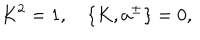
LaTeX: K ^ { 2 } = 1 , \quad \{ K , a ^ { \pm } \} = 0 ,